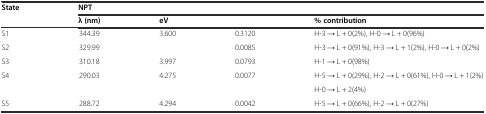
<table><thead><tr><td><b>State</b></td><td colspan="4"><b>NPT</b></td></tr><tr><td>[EMPTY_CELL]</td><td><b>λ(nm)</b></td><td><b>eV</b></td><td>[EMPTY_CELL]</td><td><b>% contribution</b></td></tr></thead><tbody><tr><td>S1</td><td>344.39</td><td>3.600</td><td>0.3120</td><td>H-3 → L + 0(2%), H-0 → L + 0(96%)</td></tr><tr><td>S2</td><td>329.99</td><td>[EMPTY_CELL]</td><td>0.0085</td><td>H-3 → L + 0(91%), H-3 → L + 1(2%), H-0 → L + 0(2%)</td></tr><tr><td>S3</td><td>310.18</td><td>3.997</td><td>0.0793</td><td>H-1 → L + 0(98%)</td></tr><tr><td rowspan="2">S4</td><td rowspan="2">290.03</td><td rowspan="2">4.275</td><td rowspan="2">0.0077</td><td>H-5 → L + 0(29%), H-2 → L + 0(61%), H-0 → L + 1(2%)</td></tr><tr><td>H-0 → L + 2(4%)</td></tr><tr><td>S5</td><td>288.72</td><td>4.294</td><td>0.0042</td><td>H-5 → L + 0(66%), H-2 → L + 0(27%)</td></tr></tbody></table>